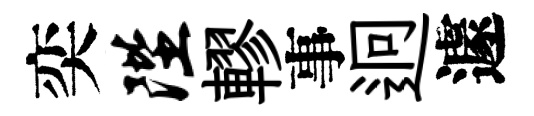
奕陛轇事迥遽